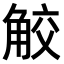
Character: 𧣦